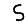
Digit: 5